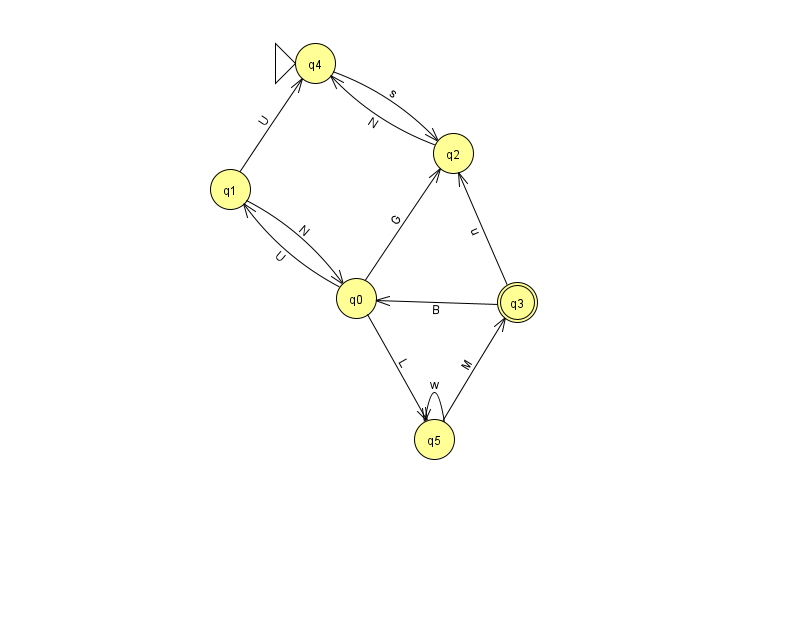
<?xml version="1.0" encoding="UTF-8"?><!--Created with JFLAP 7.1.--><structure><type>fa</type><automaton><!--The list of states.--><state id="0" name="q0"><x>356.0</x><y>285.0</y></state><state id="1" name="q1"><x>230.0</x><y>176.0</y></state><state id="2" name="q2"><x>453.0</x><y>140.0</y></state><state id="3" name="q3"><x>517.0</x><y>289.0</y><final/></state><state id="4" name="q4"><x>315.0</x><y>50.0</y><initial/></state><state id="5" name="q5"><x>434.0</x><y>426.0</y></state><!--The list of transitions.--><transition><from>0</from><to>2</to><read>G</read></transition><transition><from>5</from><to>3</to><read>M</read></transition><transition><from>1</from><to>4</to><read>U</read></transition><transition><from>2</from><to>4</to><read>N</read></transition><transition><from>1</from><to>0</to><read>N</read></transition><transition><from>5</from><to>5</to><read>w</read></transition><transition><from>3</from><to>0</to><read>B</read></transition><transition><from>3</from><to>2</to><read>u</read></transition><transition><from>0</from><to>5</to><read>L</read></transition><transition><from>4</from><to>2</to><read>s</read></transition><transition><from>0</from><to>1</to><read>U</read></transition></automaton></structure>